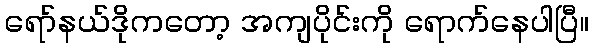
ရော်နယ်ဒိုကတော့ အကျပိုင်းကို ရောက်နေပါပြီ။